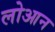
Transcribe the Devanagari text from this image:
लोआन